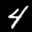
Label: 4